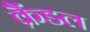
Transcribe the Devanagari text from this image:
क्रैंडल